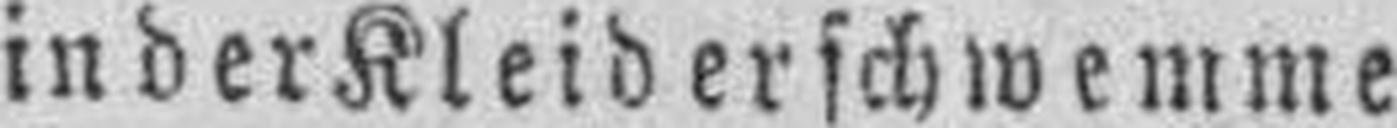
in der Kleiderschwemme